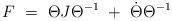
LaTeX: \begin{align*}F\ = \ \Theta J \Theta^{-1} \ + \ \dot{\Theta} \Theta^{-1}\end{align*}